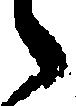
々